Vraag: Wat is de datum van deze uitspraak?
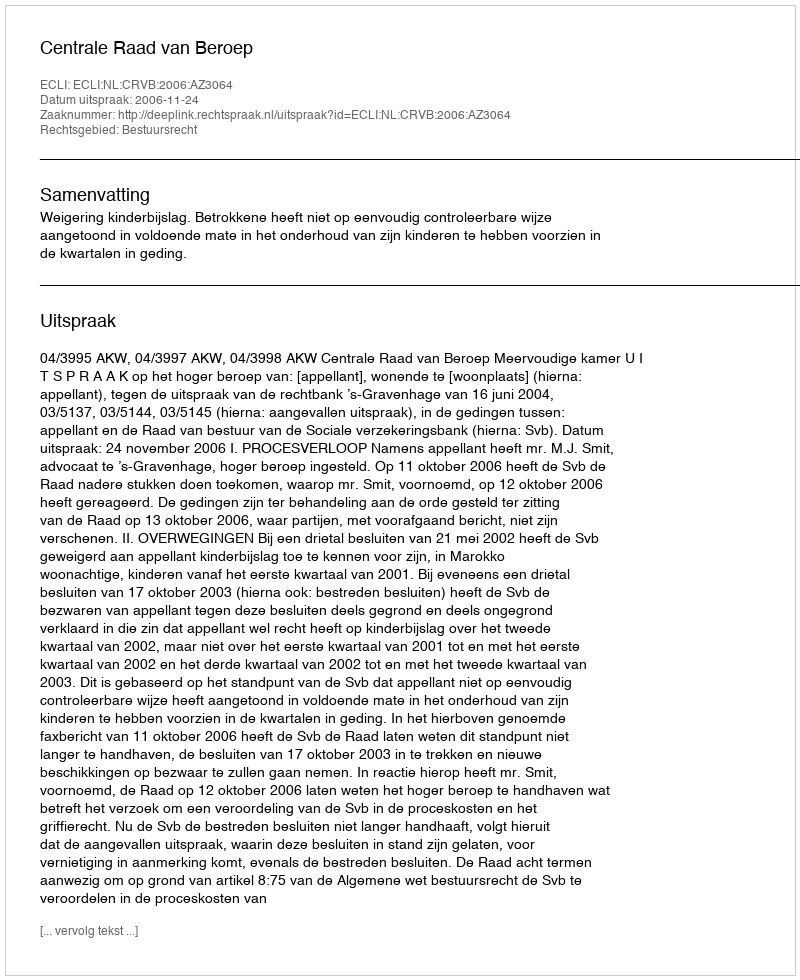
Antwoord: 2006-11-24